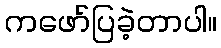
ကဖော်ပြခဲ့တာပါ။